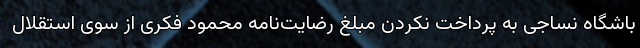
باشگاه نساجی به پرداخت نکردن مبلغ رضایت‌نامه محمود فکری از سوی استقلال